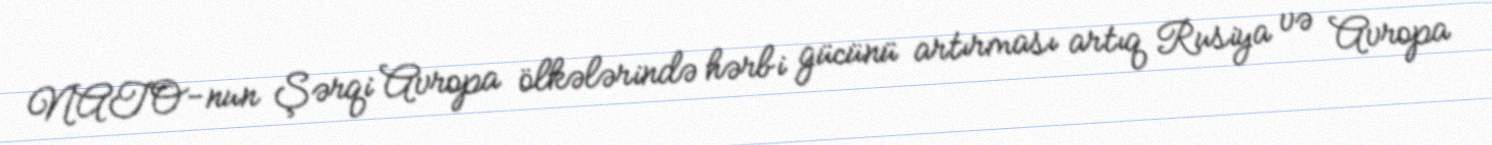
NATO-nun Şərqi Avropa ölkələrində hərbi gücünü artırması artıq Rusiya və Avropa